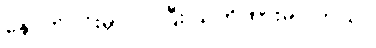
နောက်ပိုင်းမှာ ပိုပိုပြီး သတိထားမိပါတယ်။